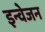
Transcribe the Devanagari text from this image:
इन्वेजन